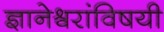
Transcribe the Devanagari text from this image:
ज्ञानेश्र्वरांविषयी